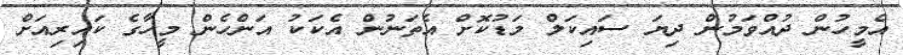
އެމީހުން ދުއްވަމުން ދިޔަ ސައިކަލް މަޑުކޮށް އެތަނުން އެކަކު އަންހެން މީހާގެ ކައިރިއަށް